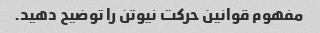
مفهوم قوانین حرکت نیوتن را توضیح دهید.